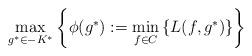
LaTeX: \begin{align*}\max_{g^*\in -K^*}\left\{\phi(g^*):=\min_{f\in C}\left\{L(f, g^*)\right\}\right\}\end{align*}